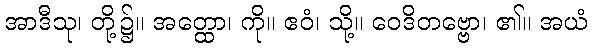
အာဒီသု၊ တို့၌။ အတ္ထော၊ ကို။ ဧဝံ၊ သို့။ ဝေဒိတဗ္ဗော၊ ၏။ အယံ